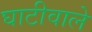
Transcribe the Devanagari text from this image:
घाटीवाले